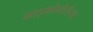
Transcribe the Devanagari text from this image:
माइक्रोप्रोसैसर